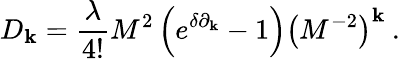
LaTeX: D_{\mathbf{k}}=\frac{{\lambda}}{{4!}}M^{2}\left(e^{\delta\partial_{\mathbf{k}}}-1\right)\left(M^{-2}\right)^{\mathbf{k}}\: .